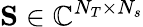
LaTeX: \mathbf{S}\in\mathbb{C}^{N_{T}\times N_{s}}